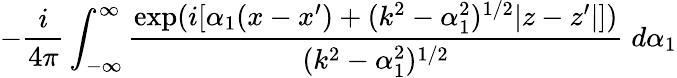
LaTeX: -\frac{i}{4\pi}\int_{-\infty}^{\infty}\frac{\exp(i[\alpha_{1}(x-x^{\prime})+(k^{2}-\alpha_{1}^{2})^{1/2}|z-z^{\prime}|])}{(k^{2}-\alpha_{1}^{2})^{1/2}}\; d\alpha_{1}